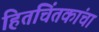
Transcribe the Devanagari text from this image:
हितचिंतकांचा